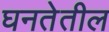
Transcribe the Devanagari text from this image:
घनतेतील